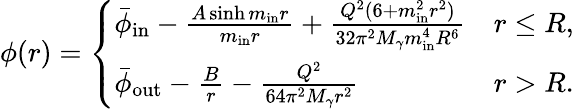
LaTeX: \phi(r)=\left\{ \begin{array}{ll}{\bar{\phi}_{\mathrm{in}}-\frac{A\sinh m_{\mathrm{in}}r}{m_{\mathrm{in}}r}+\frac{Q^{2}(6+m_{\mathrm{in}}^{2}r^{2})}{32\pi^{2}M_{\gamma}m_{\mathrm{in}}^{4}R^{6}}}&{r\leq R,}\\ {\bar{\phi}_{\mathrm{out}}-\frac{B}{r}-\frac{Q^{2}}{64\pi^{2}M_{\gamma}r^{2}}}&{r>R.}\end{array}\right.